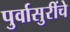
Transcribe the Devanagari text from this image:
पुर्वासुरींचे